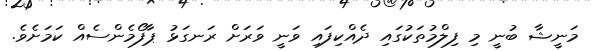
މަނީޝާ ބުނީ މި ފިލްމުތަކުގައި ދެއްކިފައި ވަނީ ވަރަށް ރަނގަޅު ޕާފޯމެންސެއް ކަމަށެވެ.